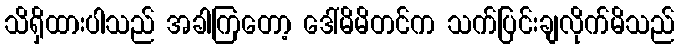
သိရှိထားပါသည် အခါကြတော့ ဒေါ်မိမိတင်က သက်ပြင်းချလိုက်မိသည်